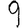
Digit: 9